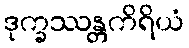
ဒုက္ခဿန္တကိရိယံ